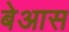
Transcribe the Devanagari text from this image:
बेआस